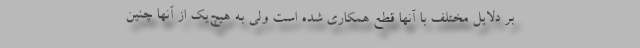
بر دلایل مختلف با آنها قطع همکاری شده است ولی به هیچ‌یک از آنها چنین